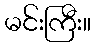
မင်းကြီး။